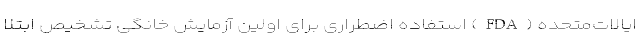
ایالات‌متحده (FDA) استفاده اضطراری برای اولین آزمایش خانگی تشخیص ابتلا